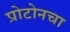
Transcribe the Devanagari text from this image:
प्रोटोनचा